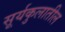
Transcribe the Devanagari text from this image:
सूर्यकुलातील